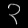
Digit: ၃